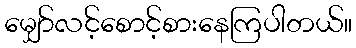
မျှော်လင့်စောင့်စားနေကြပါတယ်။